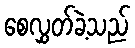
စေလွှတ်ခဲ့သည်